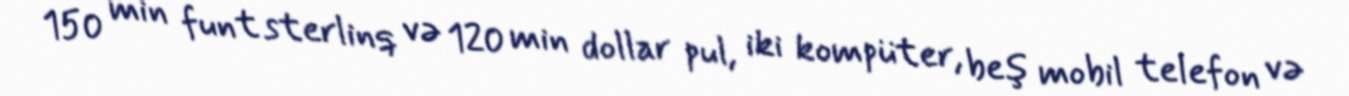
150 min funt sterlinq və 120 min dollar pul, iki kompüter, beş mobil telefon və